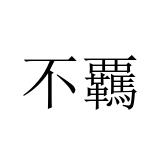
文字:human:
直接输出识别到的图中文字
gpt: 不覊